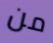
من